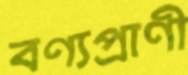
বণ্যপ্রাণী